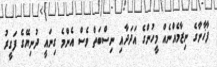
ފާޚާނާގެ ނިޒާމެއްނެއް މީހުންގެ އަދަދާއި ނިސްބަތް ވެސް އެންމެ ގިނައީ ދުނިޔޭގެ ފަގީރު